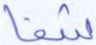
شفا